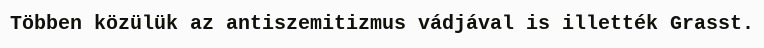
Többen közülük az antiszemitizmus vádjával is illették Grasst.